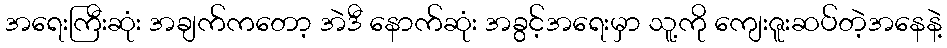
အရေးကြီးဆုံး အချက်ကတော့ အဲဒီ နောက်ဆုံး အခွင့်အရေးမှာ သူ့ကို ကျေးဇူးဆပ်တဲ့အနေနဲ့